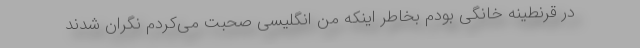
در قرنطینه خانگی بودم بخاطر اینکه من انگلیسی صحبت می‌کردم نگران شدند